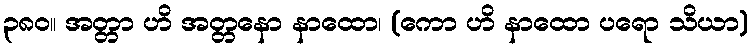
၃၈၀။ အတ္တာ ဟိ အတ္တနော နာထော၊ (ကော ဟိ နာထော ပရော သိယာ)